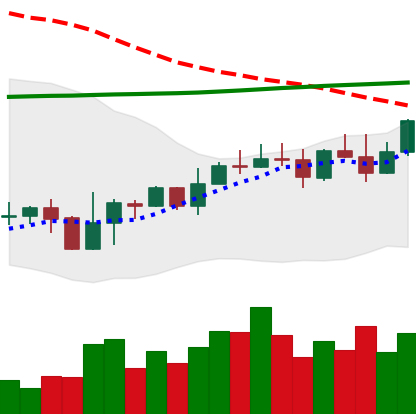
Ticker: EOS-USD
Chart end date: 2022-11-04
Forward return: -31.308%
Label: down_7plus